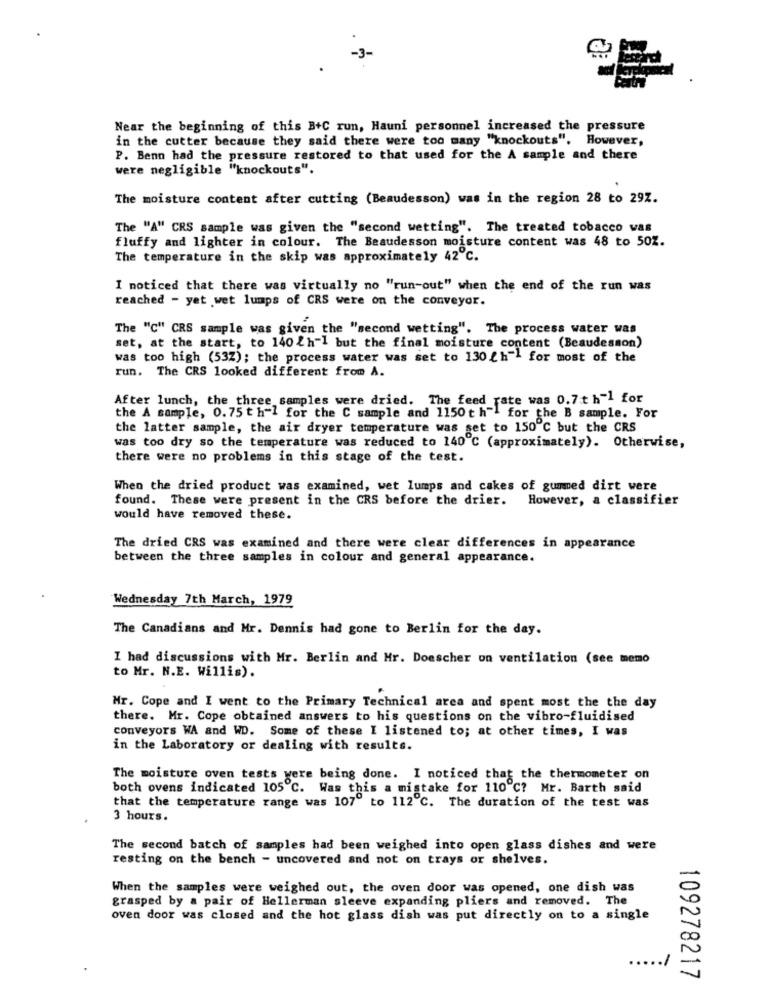
Near the beginning of this B+C run, Hauni personnel increased the pressure
in the cutter because they said there were too many "knockouts", However,
P. Benn had the pressure restored to that used for the A sample and there
were negligible "knockouts".
The moisture content after cutting (Beaudesson) was in the region 28 to 29Z.
The "A" CRS sample was given the "second wetting". The treated tobacco was
fluffy and lighter in colour. The Beaudesson moisture content was 48 to 50Z.
The temperature in the skip was approximately 42℃.
I noticed that there was virtually no "run-out" when the end of the run was
reached - yet wet lumps of CRS were on the conveyor.
The "C" CRS sample was given the "second wetting". The process water was
set, at the start, to 140 2h-1 but the final moisture content (Beaudesson)
was too high (532); the process water was set to 130 / h" for most of the
run. The CRS looked different from A.
After lunch, the three samples were dried. The feed rate was 0.7.t h-1 for
the A sample, 0.75 t h-1 for the C sample and 1150 t h"l for the B sample. For
the latter sample, the air dryer temperature was set to 150℃ but the CRS
was too dry so the temperature was reduced to 140℃ (approximately). Otherwise,
there were no problems in this stage of the test.
When the dried product was examined, wet lumps and cakes of gummed dirt were
found. These were present in the CRS before the drier. However, a classifier
would have removed these.
The dried CRS was examined and there were clear differences in appearance
between the three samples in colour and general appearance.
Wednesday 7th March, 1979
The Canadians and Mr. Dennis had gone to Berlin for the day.
I had discussions with Mr. Berlin and Hr. Doescher on ventilation (see memo
to Mr. N.E. Willis).
Mr. Cope and I went to the Primary Technical area and spent most the the day
there. Mr. Cope obtained answers to his questions on the vibro-fluidised
conveyors WA and WD. Some of these I listened to; at other times, I was
in the Laboratory or dealing with results.
The moisture oven tests were being done. I noticed that the thermometer on
both ovens indicated 105℃. Was this a mistake for 110℃? Mr. Barth said
that the temperature range was 107" to 112 ℃. The duration of the test was
3 hours.
The second batch of samples had been weighed into open glass dishes and were
resting on the bench - uncovered and not on trays or shelves.
When the samples were weighed out, the oven door was opened, one dish was
grasped by a pair of Hellerman sleeve expanding pliers and removed. The
oven door was closed and the hot glass dish was put directly on to a single
109278217